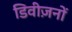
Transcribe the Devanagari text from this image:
डिवीज़नों